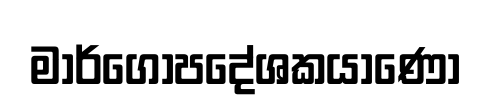
මාර්ගෝපදේශකයාණෝ